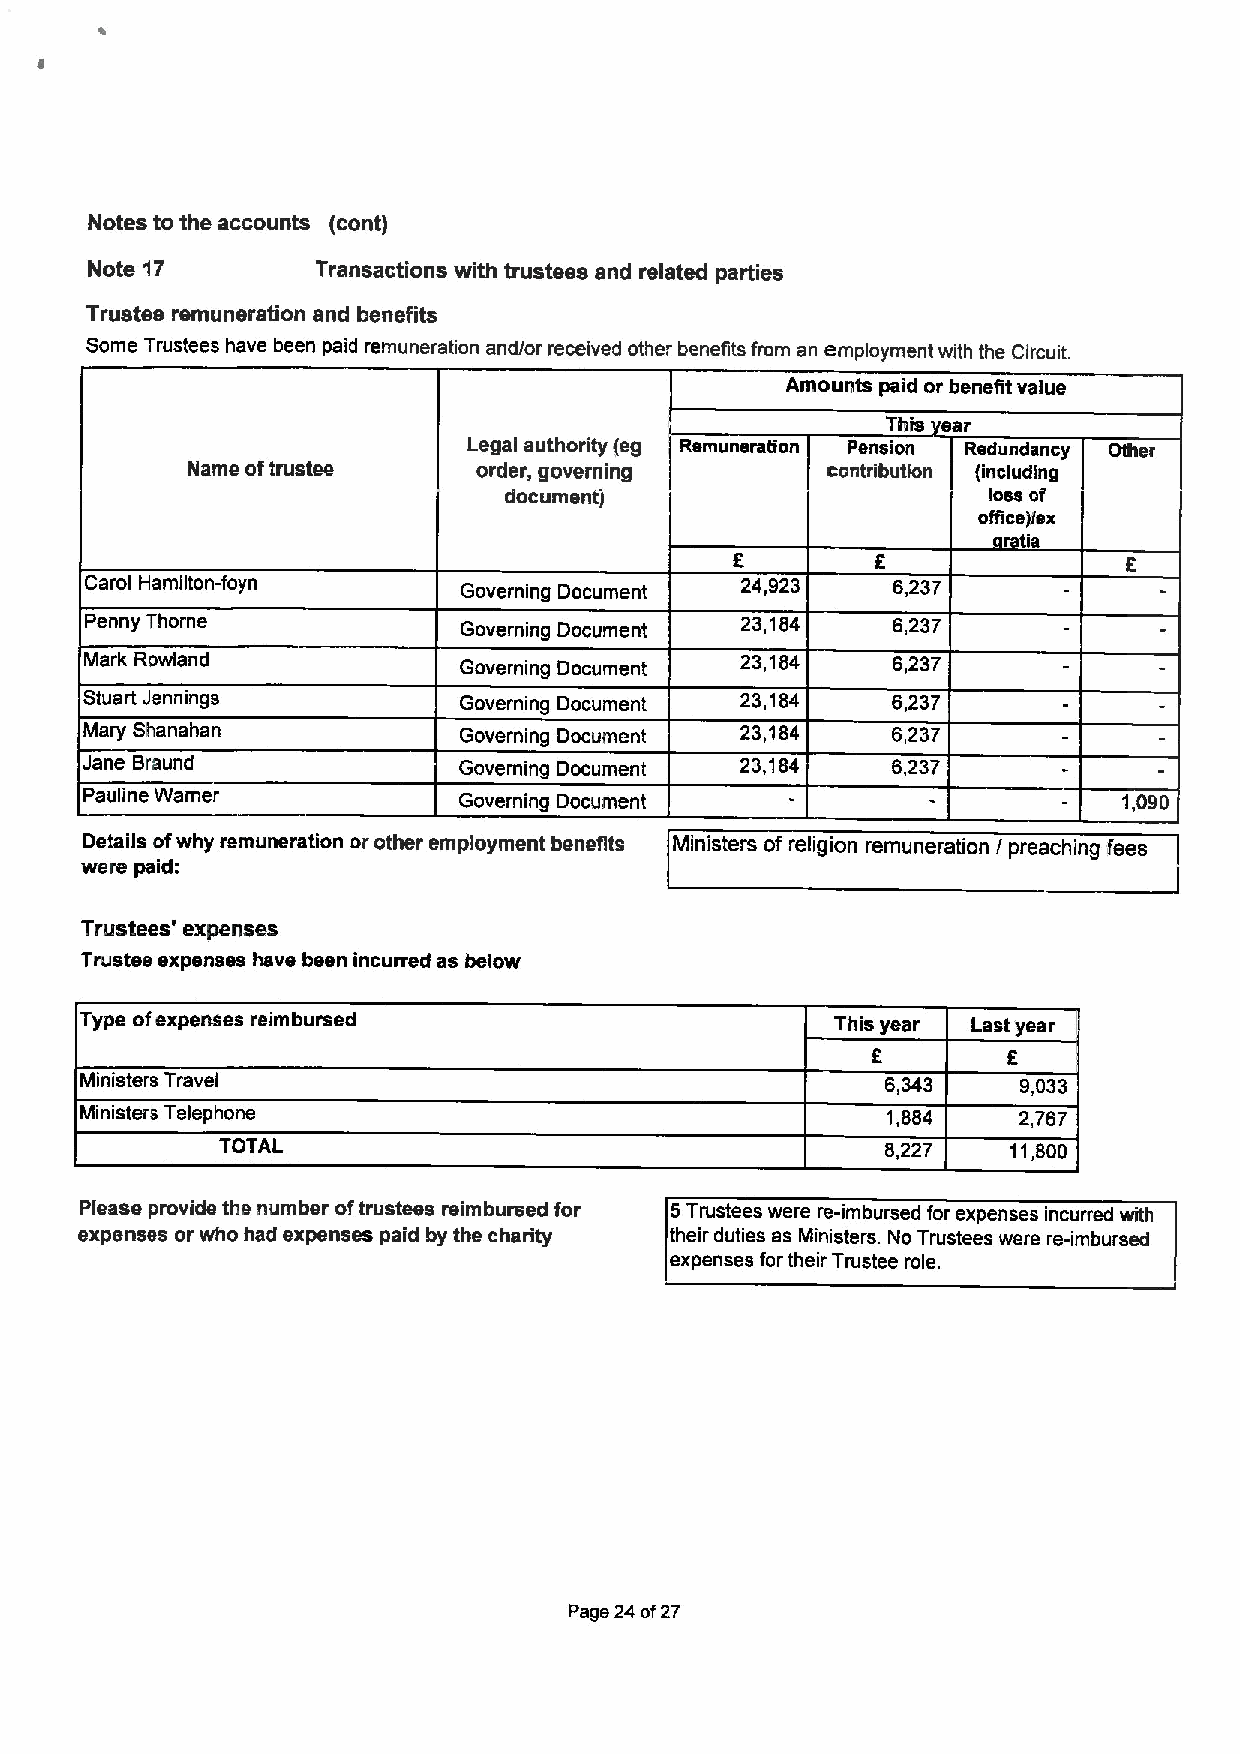
Notes to the accounts (cont)
 Note 17        Transactions with trustees and related parties
 Trustee remuneration and benefits
 Some Trustees have been paid remuneration and/or received other benefits from an employment with the Circuit.
 Amounts paid or benefit value
 This ear
 Legal authonty teg Remuneration Pension Redundancy Other
 Name oftrustee      order, governing       contribution {including
 document)                       loss cf
 office)lex
 retie
 Carol Hamilton-foyn
 Governing Document
 24,923    6,237
 Penny Thorns
 Governing Document
 23,184    6,237
 Mark Rowland            Governing Document 23,184    6,237
 Stuart Jennings         Governing Document 23,184    6,237
 Mary Shanahan           Governing Document 23,184    6,237
 Jane Braund              Governing Document 23,184    6,237
 Pauline Warner          Governing Document                          1,090
 Details ofwhy remuneration or other employment benefits Ministers of religion remuneration Ipreaching fees
 wei'e paich
 Trustees' expenses
 Trustee expenses have been incurred as below
 Type ofexpenses reimbursed                        This year Last year
 Ministers Travel                                      6,343    9,033
 Ministers Telephone                                   1,884   2,767
 TOTAL                                        8,227   11,800
 Please provide the number oftrustees reimbursed for 5Trustees were re-imbursed for expenses incurred with
 expenses or who had expenses paid by the charity their duties as Ministers. No Trustees were re-imbursed
 expenses fortheir Trustee role.
 Page 24of27